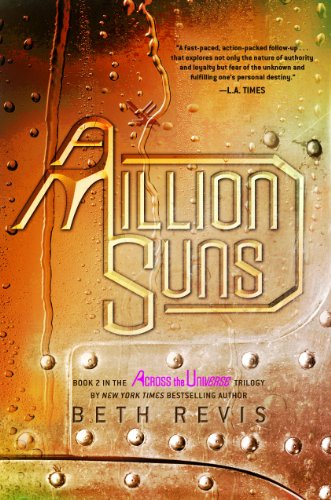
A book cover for A Million Suns: An Across the Universe Novel; Beth Revis; Teen & Young Adult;